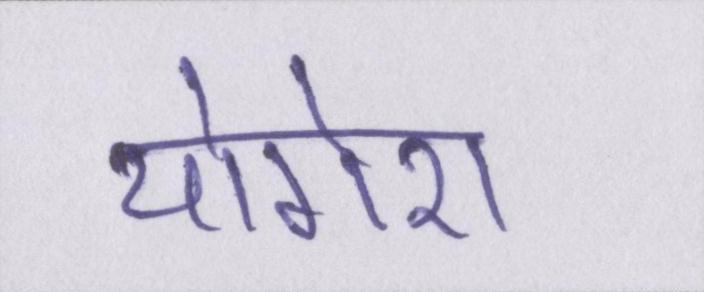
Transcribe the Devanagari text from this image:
योगेश